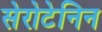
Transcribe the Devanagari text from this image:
सेरोटेनिन